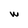
Character: W